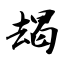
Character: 朅